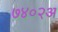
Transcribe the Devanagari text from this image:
७४०२अ